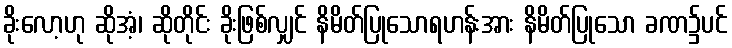
ခိုးလော့ဟု ဆိုအံ့၊ ဆိုတိုင်း ခိုးဖြစ်လျှင် နိမိတ်ပြုသောရဟန်းအား နိမိတ်ပြုသော ခဏ၌ပင်